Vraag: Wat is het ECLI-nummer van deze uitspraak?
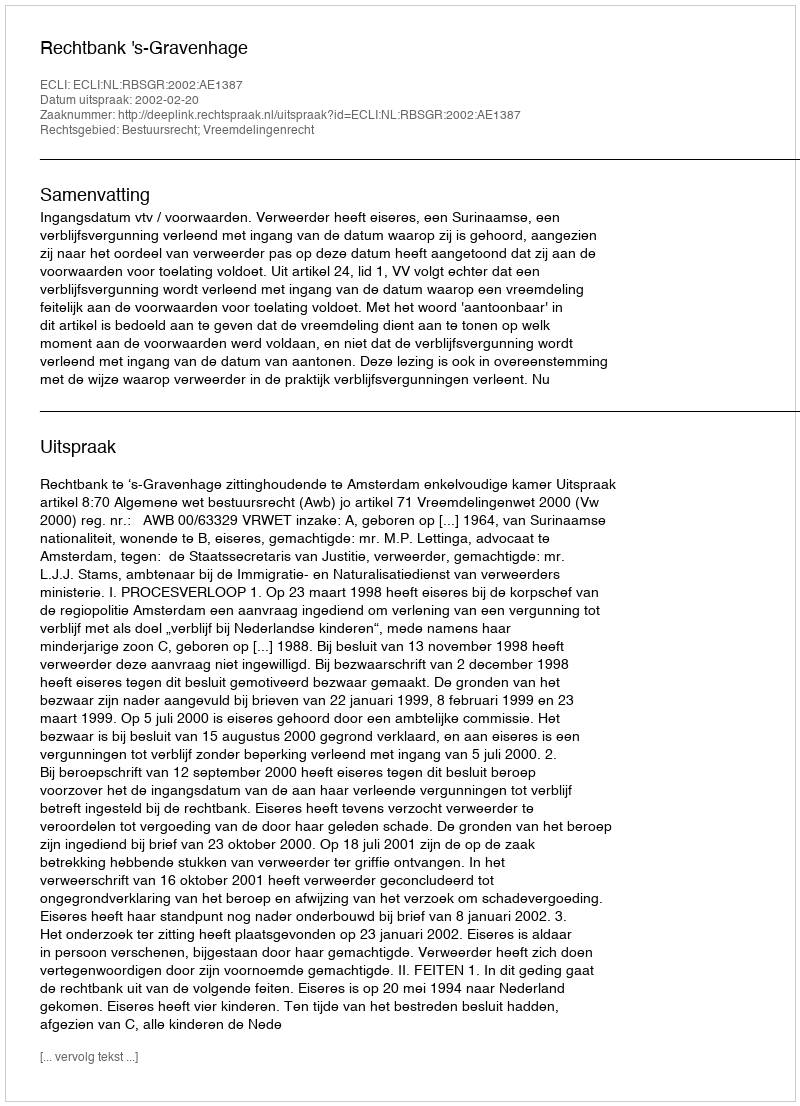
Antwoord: ECLI:NL:RBSGR:2002:AE1387